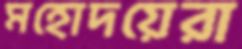
মহোদয়েরা